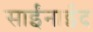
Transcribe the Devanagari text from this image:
साईंनाईद